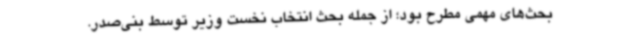
بحث‌های مهمی مطرح بود؛ از جمله بحث انتخاب نخست وزیر توسط بنی‌صدر.